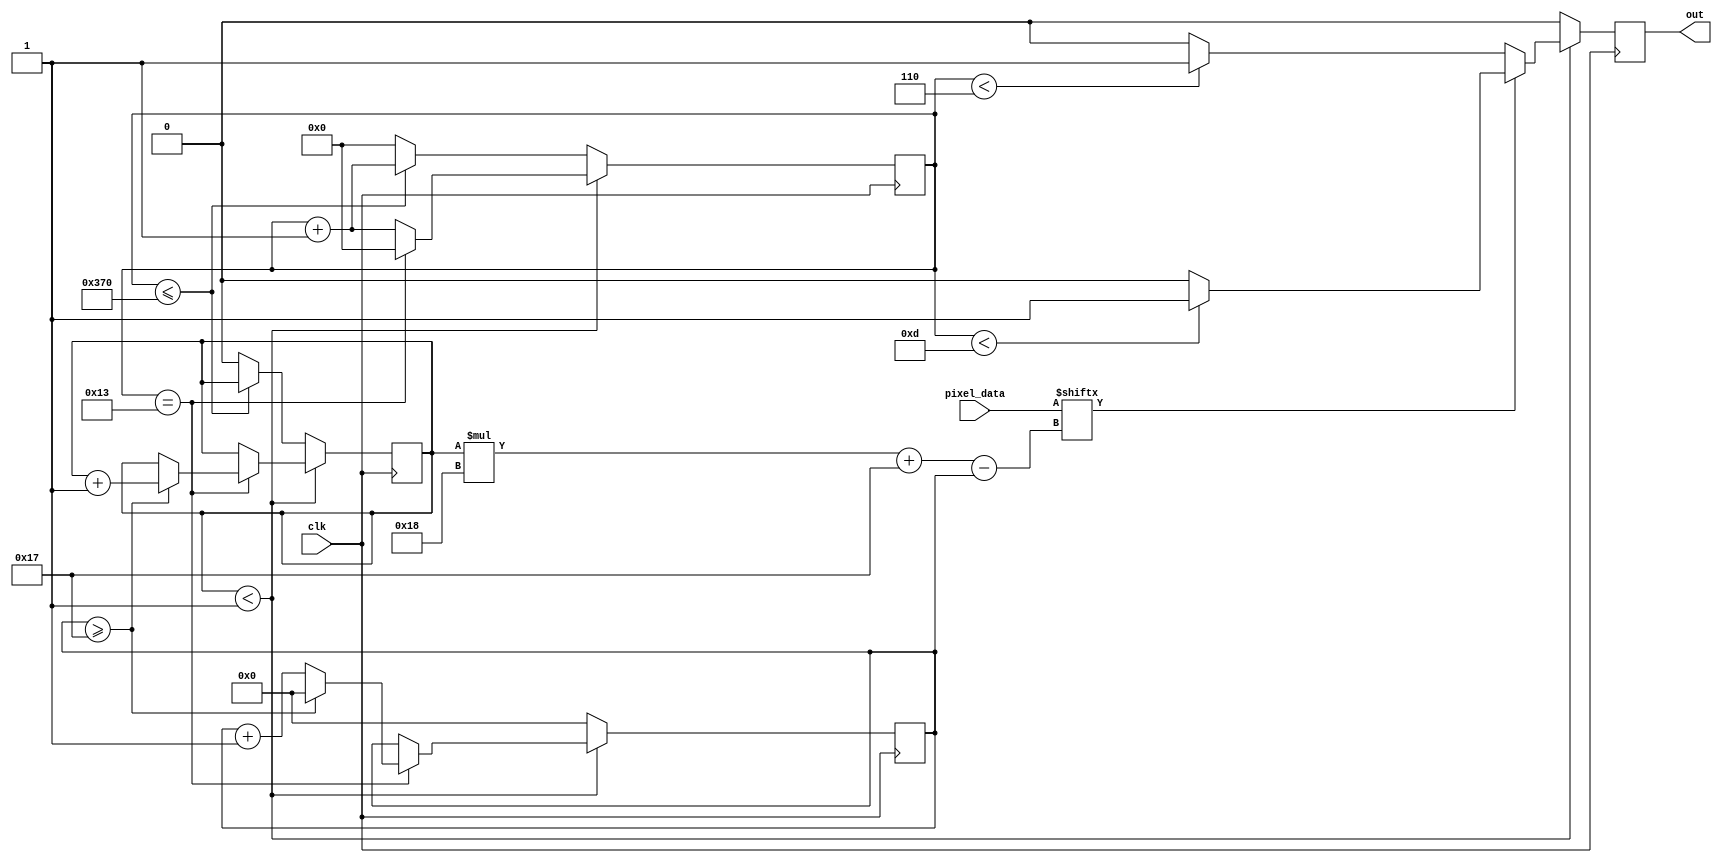
module NEOPIX
#(parameter num_pixels = 1,
T0H = 6,
T0L = 14,
T1H = 13,
T1L = 7,
RES = 880
)
(
  input  wire clk,
  input  wire [23:0] pixel_data,
  output reg out);


//0->1023
reg [9:0] timer;
reg [5:0] bit_pointer;
reg [$clog2(num_pixels):0] pixel_pointer;

initial begin
	timer = 0;
	bit_pointer = 0;
	pixel_pointer = 0;
end


//T0 period
//localparam T0_period = T0H + T0L;
//T1 period
//localparam T1_period = T1H + T1L;

localparam period = T0H + T0L;


wire pixd;
assign pixd = pixel_data[pixel_pointer * 24 + 23 - bit_pointer];

always @ (posedge clk) begin


if(pixel_pointer < num_pixels) begin

	
	if( pixd ) 
		out 							<= (timer < T1H) ? 1 : 0;		//transmit 1
	else 			
		out 							<= (timer < T0H) ? 1 : 0;		//transmit 0


	if(timer == period - 1) begin

		timer <= 0;

		if(bit_pointer >= 23)begin

				pixel_pointer 			<= pixel_pointer + 1;
				bit_pointer 			<= 0;

			end else begin

				pixel_pointer 			<= pixel_pointer;
				bit_pointer 			<= bit_pointer + 1;

			end

	end else begin

		timer 							<= timer + 1;
		pixel_pointer 					<= pixel_pointer;
		bit_pointer 					<= bit_pointer;

	end



end else begin	//res state

	if(timer <= RES) begin
		timer					<= timer + 1;
		pixel_pointer 			<= pixel_pointer;
	end else begin
		timer 					<= 0;
		pixel_pointer 			<= 0;
	end

	out 						<= 0;
	bit_pointer 				<= 0;

end



end

endmodule


/*
0 code:
/T0H\_T0L_
1 code:
/T1H\_T1L_
RET code
_Treset_
name		timing [us]		timing	[ns]		# of clock pulse		ideal choice			error
				
T0H			0.4  [us]		400		[ns]		5	->	8				6						+-150 [ns]
T1H			0.8  [us]		800		[ns]		11	->	15				13						+-150 [ns]
T0L			0.85 [us]		850		[ns]		12	->	15				14						+-150 [ns]
T1L			0.45 [us]		450		[ns]		5	->	9				7						+-150 [ns]
RES			t>50 [us]		50_000	[ns]		800						810
note:
	810 clock cycles was not a long enough reset time. 850 was the minimum I tested.
note: 50_000 / 62.5 = 800
	must be LONGER than 50_000 ns
16Mhz clock is
62.5ns
*/

//4   time ticks for 0.4us
//2  time ticks for 0.85us
//800 time ticks for 50us